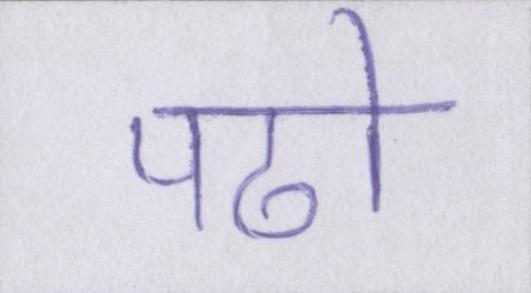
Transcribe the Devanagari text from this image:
पढो